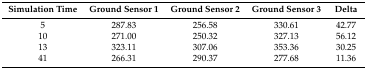
<table><thead><tr><td><b>Simulation Time</b></td><td><b>Ground Sensor 1</b></td><td><b>Ground Sensor 2</b></td><td><b>Ground Sensor 3</b></td><td><b>Delta</b></td></tr></thead><tbody><tr><td>5</td><td>287.83</td><td>256.58</td><td>330.61</td><td>42.77</td></tr><tr><td>10</td><td>271.00</td><td>250.32</td><td>327.13</td><td>56.12</td></tr><tr><td>13</td><td>323.11</td><td>307.06</td><td>353.36</td><td>30.25</td></tr><tr><td>41</td><td>266.31</td><td>290.37</td><td>277.68</td><td>11.36</td></tr></tbody></table>